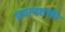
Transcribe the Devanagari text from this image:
प्रयत्‍नशक्ती